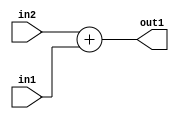
`timescale 1ps / 1ps
/*****************************************************************************
    Verilog RTL Description
    
    
    Created by: Stratus DpOpt 21.05.01 
*******************************************************************************/

module dut_Add_6Ux3U_7U_1 (
	in2,
	in1,
	out1
	); /* architecture "behavioural" */ 
input [5:0] in2;
input [2:0] in1;
output [6:0] out1;
wire [6:0] asc001;

assign asc001 = 
	+(in2)
	+(in1);

assign out1 = asc001;
endmodule

/* CADENCE  ubDzSQg= : u9/ySxbfrwZIxEzHVQQV8Q== ** DO NOT EDIT THIS LINE ******/